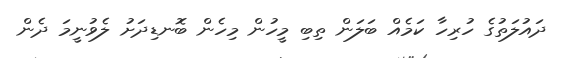
ދައުލަތުގެ ހުރިހާ ކަމެއް ބަލަން ތިބި މީހުން މިހެން ބޮނޑިދަށު ލެވުނީމަ ދެން